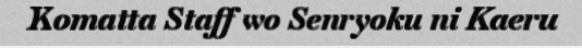
Komatta Staff wo Senryoku ni Kaeru